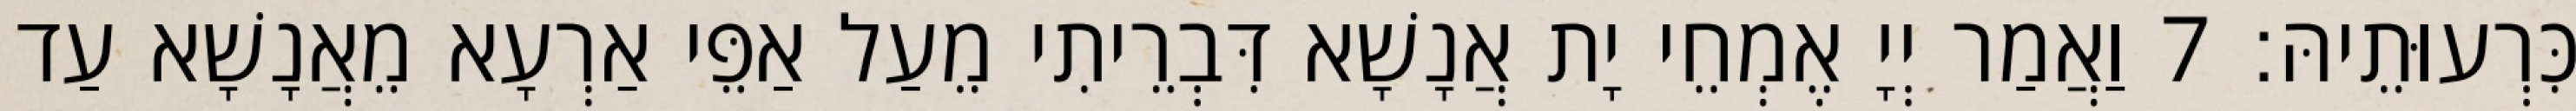
כִּרְעוּתֵיהּ׃ 7 וַאֲמַר יְיָ אֶמְחֵי יָת אֲנָשָׁא דִּבְרֵיתִי מֵעַל אַפֵּי אַרְעָא מֵאֲנָשָׁא עַד